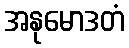
အနုမောဒတံ